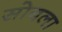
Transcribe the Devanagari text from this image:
सोबला